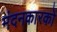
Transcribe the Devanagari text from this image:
मंदनकारकों